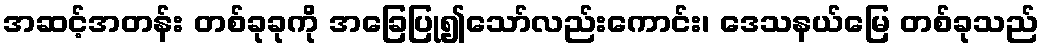
အဆင့်အတန်း တစ်ခုခုကို အခြေပြု၍သော်လည်းကောင်း၊ ဒေသနယ်မြေ တစ်ခုသည်